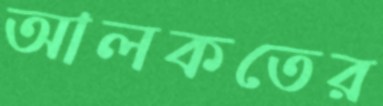
আলকতের